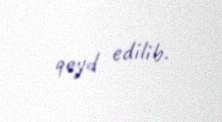
qeyd edilib.